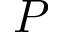
P